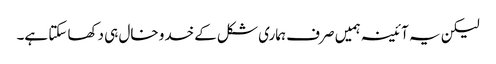
لیکن یہ آئینہ ہمیں صرف ہماری شکل کے خدو خال ہی دکھا سکتا ہے۔